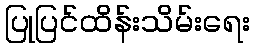
ပြုပြင်ထိန်းသိမ်းရေး